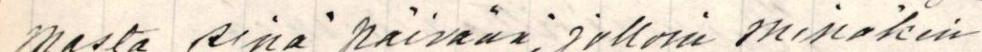
masta sinä päivänä, jolloin minäkin